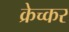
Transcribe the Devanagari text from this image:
क्रेच्कर